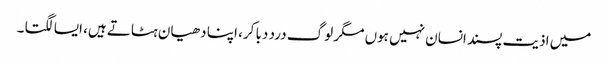
میں اذیت پسند انسان نہیں ہوں مگر لوگ درد دبا کر، اپنا دھیان ہٹاتے ہیں، ایسا لگتا ۔